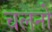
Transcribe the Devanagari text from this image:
चलनो